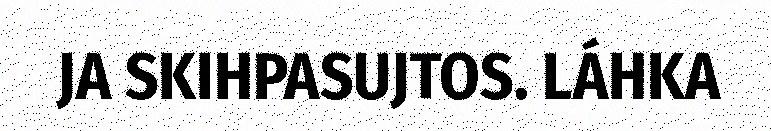
JA SKIHPASUJTOS. LÁHKA